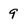
Character: 9